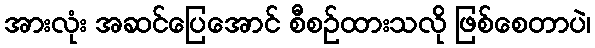
အားလုံး အဆင်ပြေအောင် စီစဉ်ထားသလို ဖြစ်စေတာပဲ၊